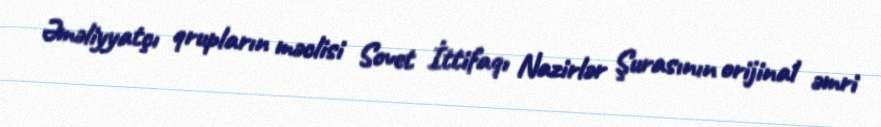
Əməliyyatçı qrupların məclisi Sovet İttifaqı Nazirlər Şurasının orijinal əmri